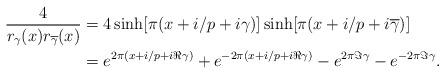
LaTeX: \begin{align*}\frac{4}{r_\gamma(x)r_{\overline{\gamma}}(x)}&=4\sinh[\pi(x+i/p+i\gamma)]\sinh[\pi(x+i/p+i\overline{\gamma})]\\&=e^{2\pi(x+i/p+i\Re\gamma)}+e^{-2\pi(x+i/p+i\Re\gamma)}-e^{2\pi\Im\gamma}-e^{-2\pi\Im\gamma}.\end{align*}